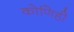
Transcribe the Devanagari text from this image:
कोणिही